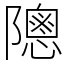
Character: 䧭